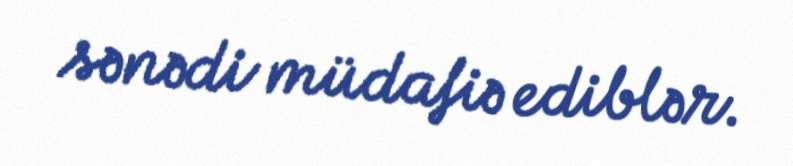
sənədi müdafiə ediblər.